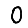
Digit: 0